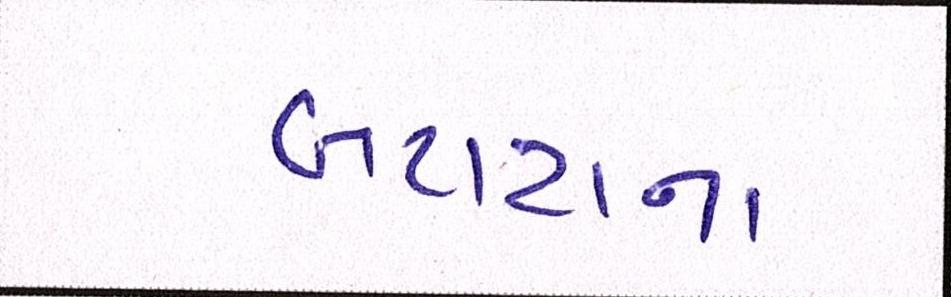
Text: બટાટાના